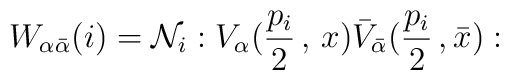
W_{\alpha \bar{\alpha}}(i) = {\cal N}_{i} :V_{\alpha }(\frac{p_{i}}{2}\,,\,x)\bar{V}_{\bar{\alpha}}(\frac{p_{i}}{2}\,,\bar{x}):